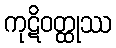
ကုဋိဝတ္ထုဿ